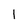
Character: 1